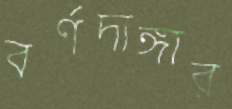
বর্ণদাঙ্গার